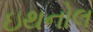
ઇથનોલ